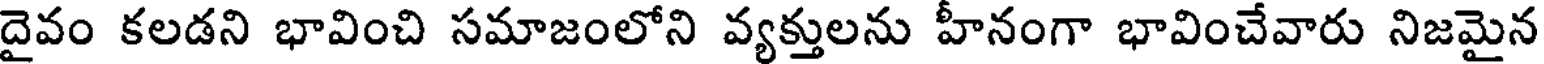
దైవం కలడని భావించి సమాజంలోని వ్యక్తులను హీనంగా భావించేవారు నిజమైన